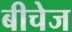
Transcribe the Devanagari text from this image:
बीचेज